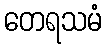
တေရသမံ